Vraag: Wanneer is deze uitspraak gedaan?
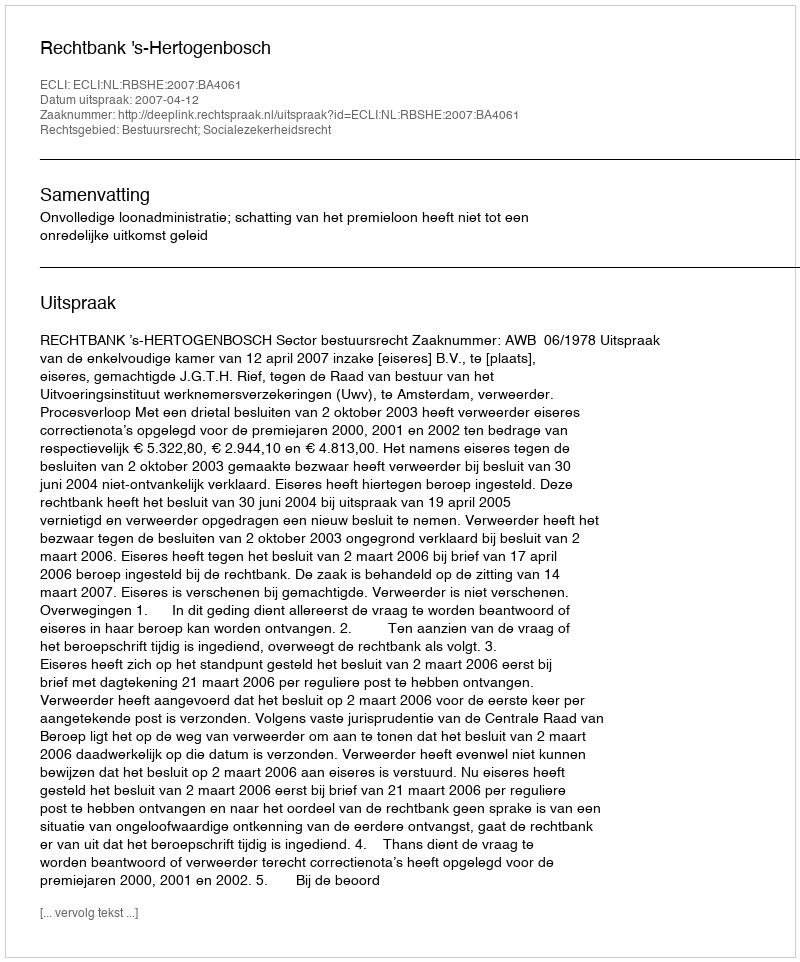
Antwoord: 2007-04-12